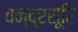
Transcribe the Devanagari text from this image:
चन्द्रसूरि